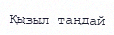
Қызыл таңдай